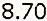
8.70